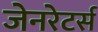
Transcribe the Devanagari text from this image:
जेनरेटर्स